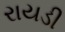
રાયડી